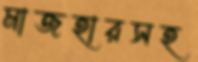
মাজহারসহ